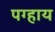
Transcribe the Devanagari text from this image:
पग्हाय